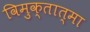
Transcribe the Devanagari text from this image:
विमुक्तात्मा